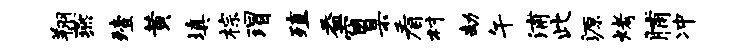
翔燕殪黄填棕瑁殖益窗臬看村劫午浦此源烤脯冲